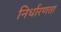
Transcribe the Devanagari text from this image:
निर्धारणता